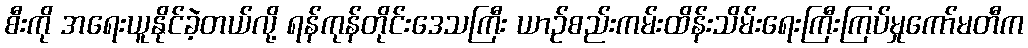
စီးကို အရေးယူနိုင်ခဲ့တယ်လို့ ရန်ကုန်တိုင်းဒေသကြီး ယာဉ်စည်းကမ်းထိန်းသိမ်းရေးကြီးကြပ်မှုကော်မတီက